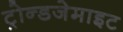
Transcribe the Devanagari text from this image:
ट्रोन्डजेमाइट